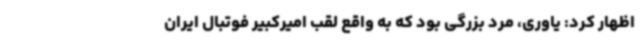
اظهار کرد: یاوری، مرد بزرگی بود که به واقع لقب امیرکبیر فوتبال ایران